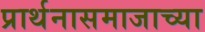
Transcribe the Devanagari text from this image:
प्रार्थनासमाजाच्या